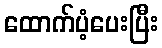
ထောက်ပံ့ပေးပြီး